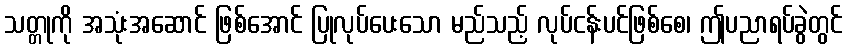
သတ္တုကို အသုံးအဆောင် ဖြစ်အောင် ပြုလုပ်ပေးသော မည်သည့် လုပ်ငန်းပင်ဖြစ်စေ၊ ဤပညာရပ်ခွဲတွင်